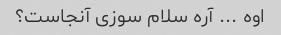
اوه ... آره سلام سوزی آنجاست؟